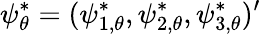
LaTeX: \psi_{\theta}^{*}=(\psi_{1,\theta}^{*},\psi_{2,\theta}^{*},\psi_{3,\theta}^{*})^{\prime}